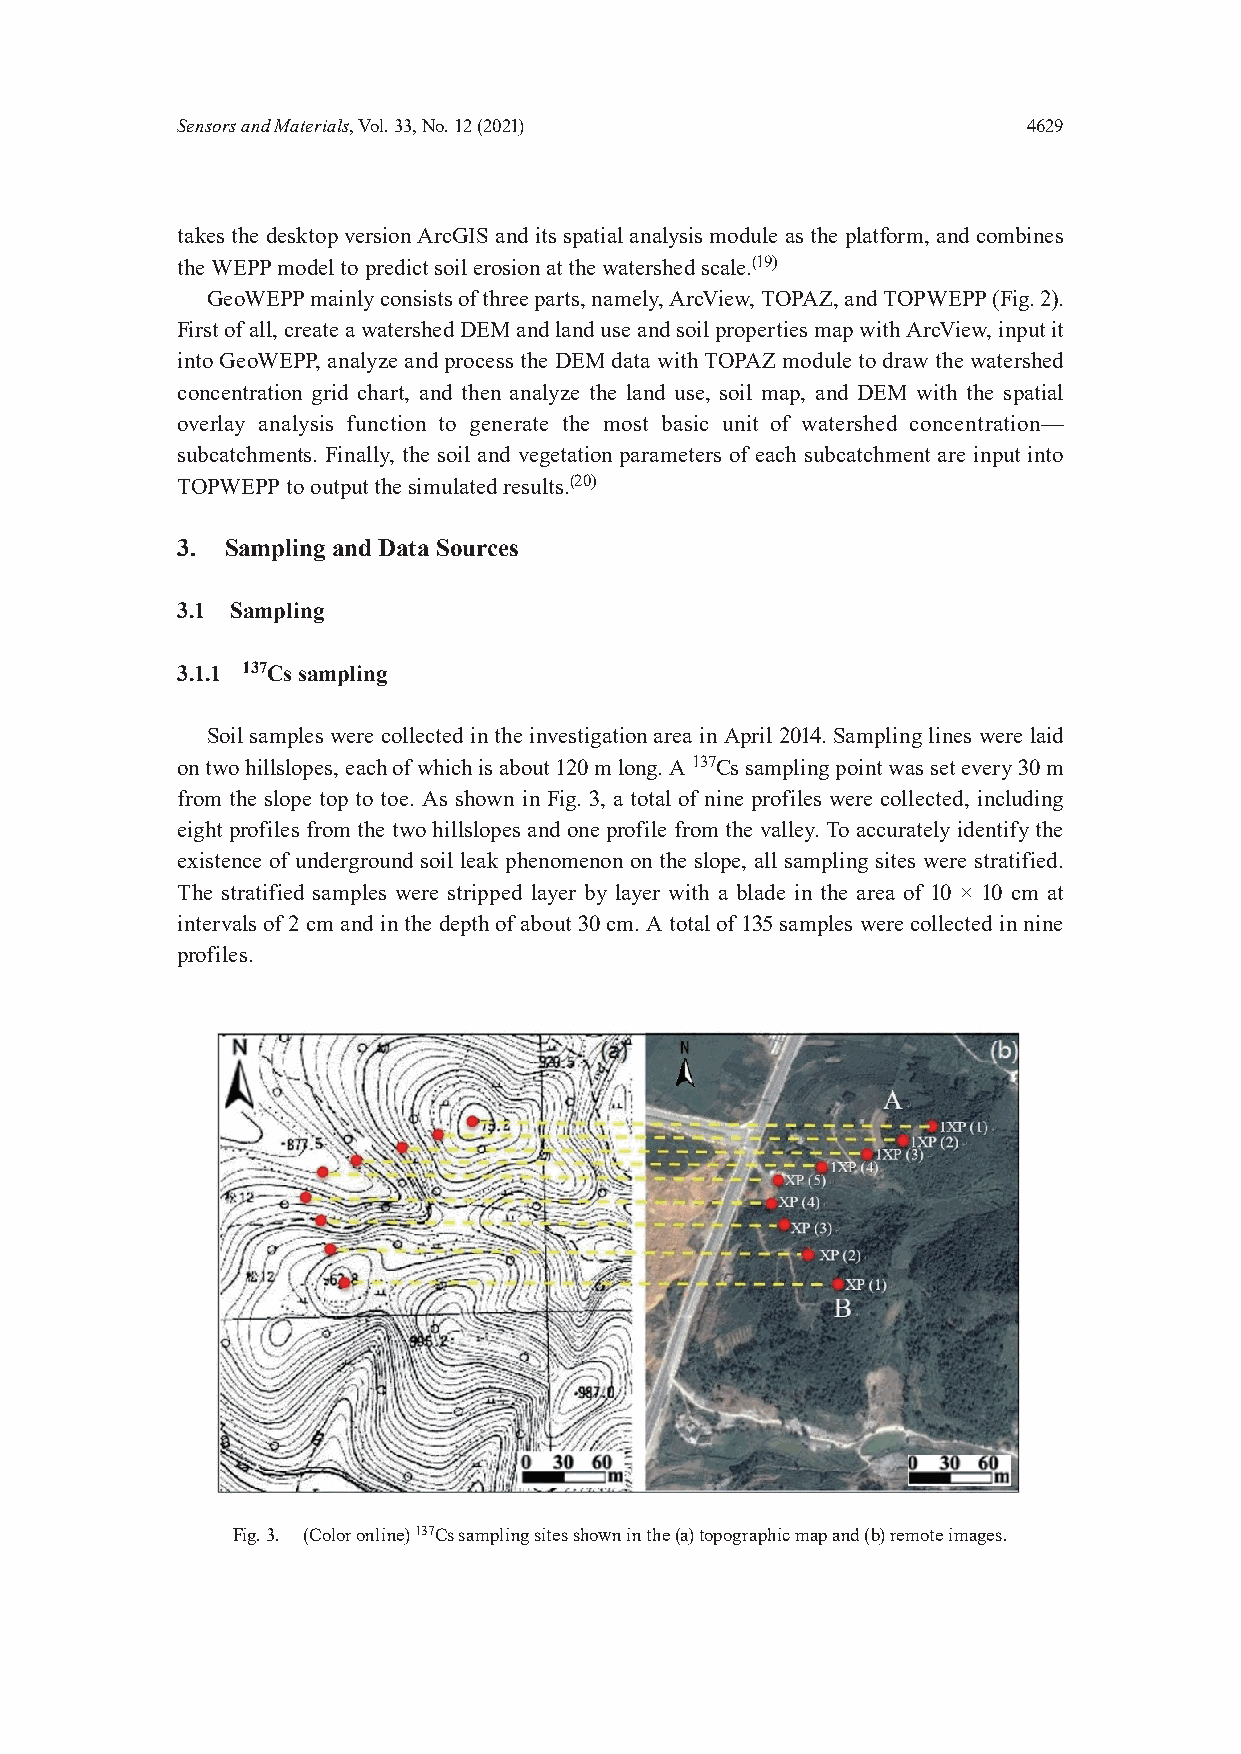
Sensors and Materials, Vol. 33, No. 12 (2021)           4629
 takes the desktop version ArcGIS and its spatial analysis module as the platform, and combines
 the WEPP model to predict soil erosion at the watershed scale.(19)
 GeoWEPP mainly consists of three parts, namely, ArcView, TOPAZ, and TOPWEPP (Fig. 2).
 First of all, create a watershed DEM and land use and soil properties map with ArcView, input it
 into GeoWEPP, analyze and process the DEM data with TOPAZ module to draw the watershed
 concentration grid chart, and then analyze the land use, soil map, and DEM with the spatial
 overlay analysis function to generate the most basic unit of watershed concentration—
 subcatchments. Finally, the soil and vegetation parameters of each subcatchment are input into
 TOPWEPP to output the simulated results.(20)
 3. Sampling and Data Sources
 3.1 Sampling
 3.1.1 137Cs sampling
 Soil samples were collected in the investigation area in April 2014. Sampling lines were laid
 on two hillslopes, each of which is about 120 m long. A 137Cs sampling point was set every 30 m
 from the slope top to toe. As shown in Fig. 3, a total of nine profiles were collected, including
 eight profiles from the two hillslopes and one profile from the valley. To accurately identify the
 existence of underground soil leak phenomenon on the slope, all sampling sites were stratified.
 The stratified samples were stripped layer by layer with a blade in the area of 10 × 10 cm at
 intervals of 2 cm and in the depth of about 30 cm. A total of 135 samples were collected in nine
 profiles.
 Fig. 3. (Color online) 137Cs sampling sites shown in the (a) topographic map and (b) remote images.